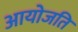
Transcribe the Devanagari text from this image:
आयोजति